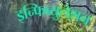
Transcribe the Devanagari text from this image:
इन्फिब्युलेशन